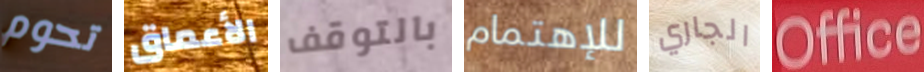
تحوم الأعماق بالتوقف للإهتمام الجاري Office